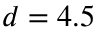
d = 4 . 5